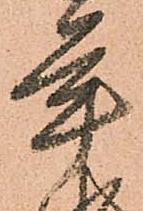
年